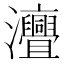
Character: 𤅣